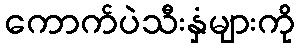
ကောက်ပဲသီးနှံများကို